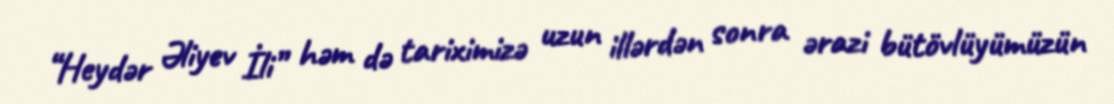
“Heydər Əliyev İli” həm də tariximizə uzun illərdən sonra ərazi bütövlüyümüzün